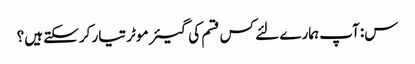
س: آپ ہمارے لئے کس قسم کی گیئر موٹر تیار کرسکتے ہیں؟